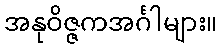
အနုဝိဇ္ဇကအင်္ဂါများ။